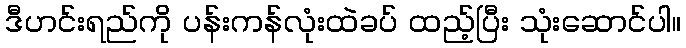
ဒီဟင်းရည်ကို ပန်းကန်လုံးထဲခပ် ထည့်ပြီး သုံးဆောင်ပါ။